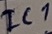
Text: IC1